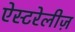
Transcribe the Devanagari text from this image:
ऐस्टरेलीज़